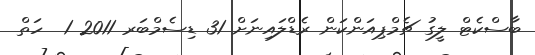
ބާސްކެޓް ލީގު ޗެމްޕިއަންކަން ރެޑްލައިނަށް 31 ޑިސެމްބަރ 2011 1  ހަތް